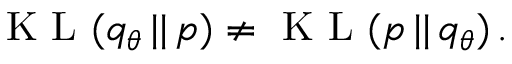
\begin{array} { r } { \textrm { K L } ( q _ { \theta } \, | | \, p ) \neq \textrm { K L } ( p \, | | \, q _ { \theta } ) \, . } \end{array}